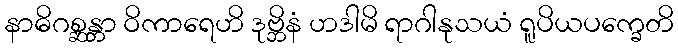
နာဓိဂစ္ဆန္တာ ဝိကာရေဟိ ဒုဗ္ဘိနံ ဟဒါမိ ရာဂါနုသယံ ရူပိယပက္ခေတိ